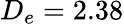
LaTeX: D_{e}=2.38